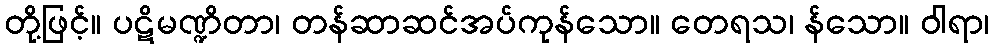
တို့ဖြင့်။ ပဋိမဏ္ဍိတာ၊ တန်ဆာဆင်အပ်ကုန်သော။ တေရသ၊ န်သော။ ဝါရာ၊